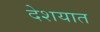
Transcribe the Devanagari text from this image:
देशयात